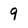
Character: 9